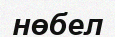
нөбел